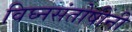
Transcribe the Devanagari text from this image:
विघ्नसंतोषींनी